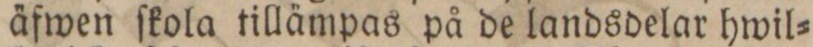
äfwen ſkola tillämpas på de landsdelar hwil=